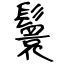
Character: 鬟